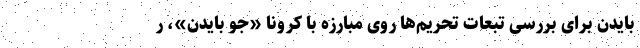
بایدن برای بررسی تبعات تحریم‌ها روی مبارزه با کرونا «جو بایدن»، ر